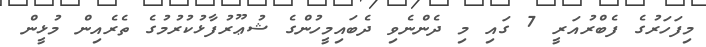
މިފަހަރުގެ ފެބްރުއަރީ 7 ގައި މި ދެންނެވި ދެބައިމީހުންގެ ޝުޢޫރުފާޅުކުރުމުގެ ތެރެއިން މުޅީން